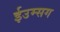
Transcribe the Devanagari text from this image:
ईउम्सग